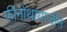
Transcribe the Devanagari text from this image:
फीनोथायाजीन